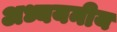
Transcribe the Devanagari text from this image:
अध्ययनीय